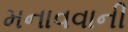
મનાવવાની